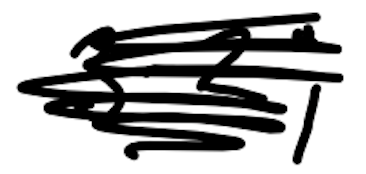
Text: 3-2;
Cross-out: scratch
Writing tool: digital_black